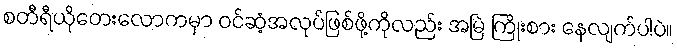
စတီရီယိုတေးလောကမှာ ဝင်ဆံ့အလုပ်ဖြစ်ဖို့ကိုလည်း အမြဲ ကြိုးစား နေလျက်ပါပဲ။